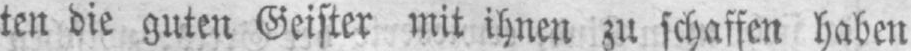
ten die guten Geister mit ihnen zu schaffen haben